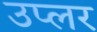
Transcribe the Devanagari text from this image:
उप्लर